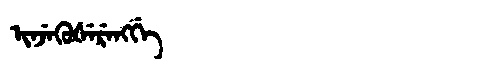
Manchu: ᡳᠨᠵᡝᡴᡠᡧᡝᡵᡝᠩᡤᡝ
Romanization: INJEKUŠERENGGE